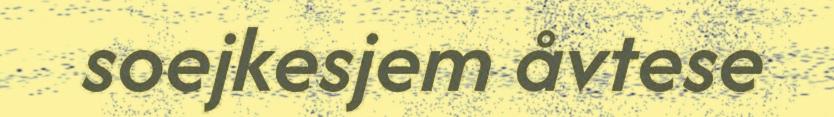
soejkesjem åvtese